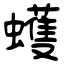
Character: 蠖